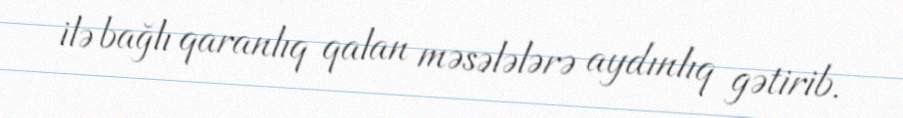
ilə bağlı qaranlıq qalan məsələlərə aydınlıq gətirib.